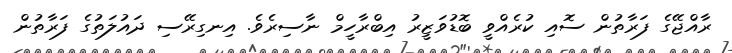
ރާއްޖޭގެ ފަރާތުން ސޮއި ކުރެއްވީ ބޮޑުވަޒީރު އިބްރާހީމް ނާސިރެވެ. އިނގިރޭސި ދައުލަތުގެ ފަރާތުން